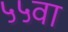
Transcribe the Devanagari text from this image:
५५वा